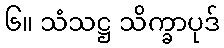
၆။ သံသဋ္ဌ သိက္ခာပုဒ်